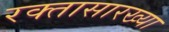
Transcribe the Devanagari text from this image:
रक्तासारख्या